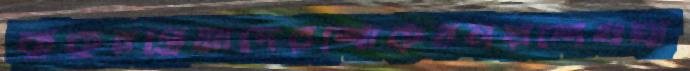
কুকুরপ্রেমীদেরশোকবলয়শেখঘা